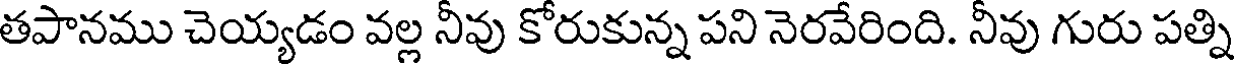
తపానము చెయ్యడం వల్ల నీవు కోరుకున్న పని నెరవేరింది. నీవు గురు పత్ని